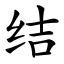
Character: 结